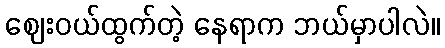
ဈေးဝယ်ထွက်တဲ့ နေရာက ဘယ်မှာပါလဲ။